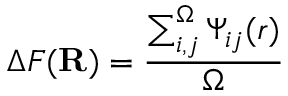
\Delta F ( \mathbf { R } ) = \frac { \sum _ { i , j } ^ { \Omega } \Psi _ { i j } ( r ) } { \Omega }